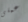
عملى